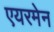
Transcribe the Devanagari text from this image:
एयरमेन